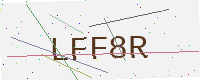
Text: LFF8R